Report on vaccination in Madras 1895-1903 - 1895-1903
Year: 1895
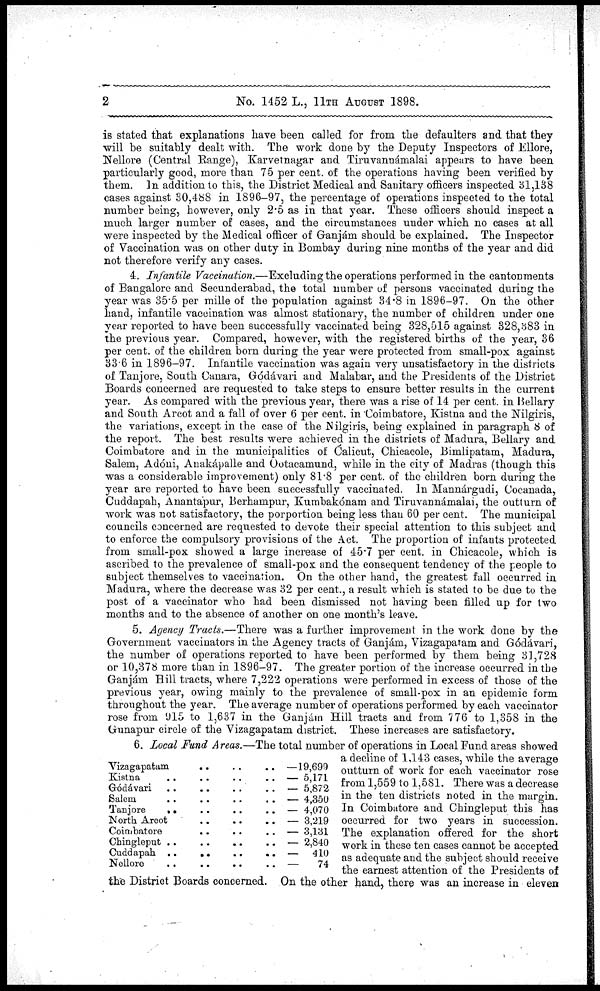
2
No. 1452 L., 11TH AUGUST 1898.
is stated that explanations have been called for from the defaulters and that they
will be suitably dealt with. The work done by the Deputy Inspectors of Ellore,
Nellore (Central Range), Karvetnagar and Tiruvannámalai appears to have been
particularly good, more than 75 per cent. of the operations having been verified by
them. In addition to this, the District Medical and Sanitary officers inspected 31,138
cases against 30,488 in 1896-97, the percentage of operations inspected to the total
number being, however, only 2.5 as in that year. These officers should inspect a
much larger number of cases, and the circumstances under which no cases at all
were inspected by the Medical officer of Ganjám should be explained. The Inspector
of Vaccination was on other duty in Bombay during nine months of the year and did
not therefore verify any cases.
4. Infantile Vaccination.—Excluding the operations performed in the cantonments
of Bangalore and Secunderabad, the total number of persons vaccinated during the
year was 35.5 per mille of the population against 34.8 in 1896-97. On the other
hand, infantile vaccination was almost stationary, the number of children under one
year reported to have been successfully vaccinated being 328,515 against 328,383 in
the previous year. Compared, however, with the registered births of the year, 36
per cent. of the children born during the year were protected from small-pox against
33.6 in 1896-97. Infantile vaccination was again very unsatisfactory in the districts
of Tanjore, South Canara, Gódávari and Malabar, and the Presidents of the District
Boards concerned are requested to take steps to ensure better results in the current
year. As compared with the previous year, there was a rise of 14 per cent. in Bellary
and South Arcot and a fall of over 6 per cent. in Coimbatore, Kistna and the Nilgiris,
the variations, except in the case of the Nilgiris, being explained in paragraph 8 of
the report. The best results were achieved in the districts of Madura, Bellary and
Coimbatore and in the municipalities of Calicut, Chicacole, Bimlipatam, Madura,
Salem, Adóni, Anakápalle and Ootacamund, while in the city of Madras (though this
was a considerable improvement) only 81.8 per cent. of the children born during the
year are reported to have been successfully vaccinated. In Mannárgudi, Cocanada,
Cuddapah, Anantapur, Berhampur, Kumbakónam and Tiruvannámalai, the outturn of
work was not satisfactory, the porportion being less than 60 per cent. The municipal
councils concerned are requested to devote their special attention to this subject and
to enforce the compulsory provisions of the Act. The proportion of infants protected
from small-pox showed a large increase of 45.7 per cent. in Chicacole, which is
ascribed to the prevalence of small-pox and the consequent tendency of the people to
subject themselves to vaccination. On the other hand, the greatest fall occurred in
Madura, where the decrease was 32 per cent., a result which is stated to be due to the
post of a vaccinator who had been dismissed not having been filled up for two
months and to the absence of another on one month's leave.
5. Agency Tracts.—There was a further improvement in the work done by the
Government vaccinators in the Agency tracts of Ganjám, Vizagapatam and Gódávari,
the number of operations reported to have been performed by them being 31,728
or 10,378 more than in 1896-97. The greater portion of the increase occurred in the
Ganjám Bill tracts, where 7,222 operations were performed in excess of those of the
previous year, owing mainly to the prevalence of small-pox in an epidemic form
throughout the year. The average number of operations performed by each vaccinator
rose from 915 to 1,637 in the Ganjám Hill tracts and from 776 to 1,358 in the
Gunapur circle of the Vizagapatam district. These increases are satisfactory.
Vizagapatam .. .. ..
Kistna .. .. .. ..
Gódávari
.. .. .. ..
Salem .. .. .. ..
Tanjore .. .. .. ..
North Arcot .. .. ..
Coimbatore .. .. ..
Chingleput .. .. .. ..
Cuddapah .. .. .. ..
Nellore .. .. .. ..
— 19,699
— 5,171
— 5,872
— 4,350
— 4,070
— 3,219
— 3,131
— 2,840
—
410
—
74
6. Local Fund Areas.—The total number of operations in Local Fund areas showed
a decline of 1,143 cases, while the average
outturn of work for each vaccinator rose
from 1,559 to 1,581. There was a decrease
in the ten districts noted in the margin.
In Coimbatore and Chingleput this has
occurred for two years in succession.
The explanation offered for the short
work in these ten cases cannot be accepted
as adequate and the subject should receive
the earnest attention of the Presidents of
the District Boards concerned. On the other hand, there was an increase in eleven